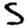
Digit: 5